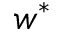
w ^ { \ast }